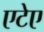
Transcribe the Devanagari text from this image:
एटेए